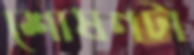
শোষণটা